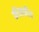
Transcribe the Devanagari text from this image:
कीलकीय